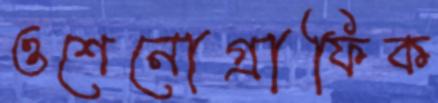
ওশেনোগ্রাফিক